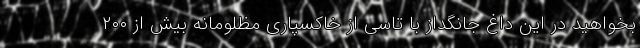
بخواهید در این داغ جانگداز با تاسی از خاکسپاری مظلومانه بیش از ۲۰۰